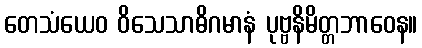
တေသံယေဝ ဝိသေသာဓိဂမာနံ ပုဗ္ဗနိမိတ္တဘာဝေန။